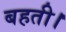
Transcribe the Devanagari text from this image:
बहती।